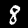
Digit: 8